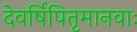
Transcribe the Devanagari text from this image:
देवर्षिपितृमानवाः